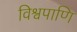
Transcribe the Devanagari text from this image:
विश्वपाणि